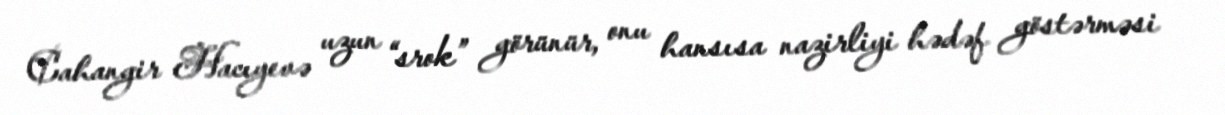
Cahangir Hacıyevə uzun “srok” görünür, onu hansısa nazirliyi hədəf göstərməsi